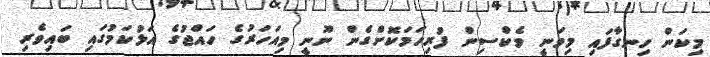
މިކަން ހިނގާފައި މިވަނީ ވެކްސިން ފުރިހަމަކޮށްގެން ނޫނީ މިއަހަރުގެ ހައްޖުގެ އަޅުކަމުގައި ބައިވެރި